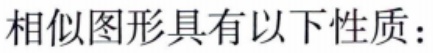
相似图形具有以下性质：